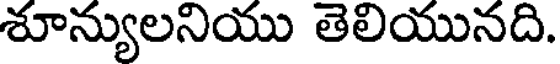
శూన్యులనియు తెలియునది.